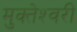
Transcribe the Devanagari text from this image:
मुक्‍तेश्‍वरी